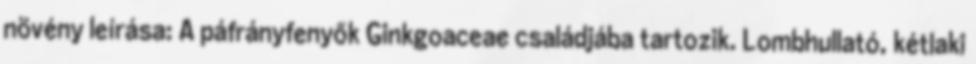
növény leírása: A páfrányfenyők Ginkgoaceae családjába tartozik. Lombhullató, kétlaki